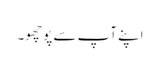
اپنے آپ سے پوچھو۔